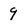
Character: 9